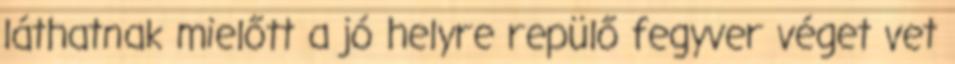
láthatnak mielőtt a jó helyre repülő fegyver véget vet